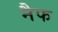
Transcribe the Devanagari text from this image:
नैफ